Report on sanitation, dispensaries, and jails in Rajputana for 1920, and on vaccination for the year 1920-1921 - 1920-1921
Year: 1920
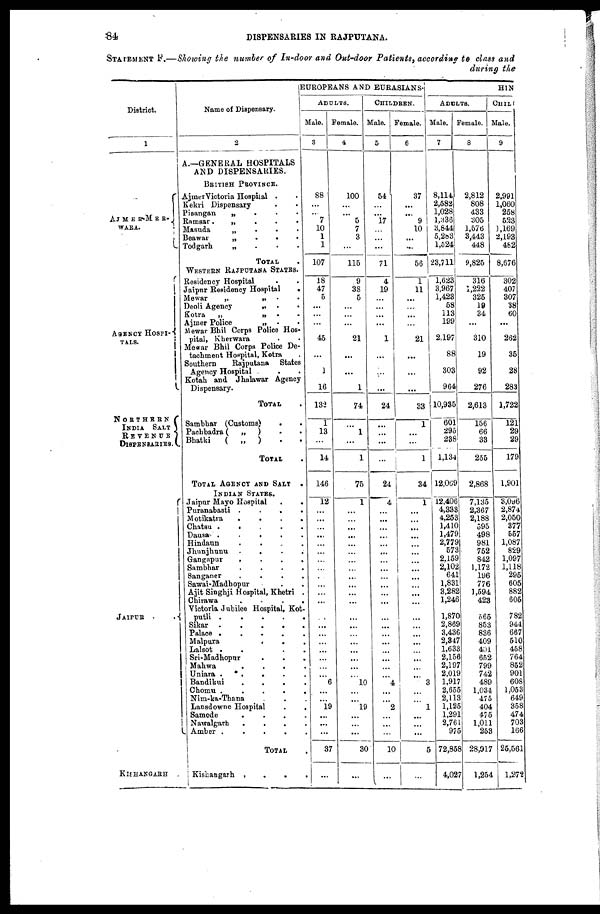
84
DISPENSARIES IN RAJPUTANA.
STATEMENT F.—Showing the number of In-door and Out-door Patients, according to class and
during the
District.
1
AJMER-MER-
WARA.
AGENCY HOSPI-
TALS.
NORTHREN
INDIA
SALT
REVENUE
DISPENSARIES.
JAIPUR
..
KISHANGARH
Name of Dispensary.
2
A.—GENERAL HOSPITALS
AND DISPENSARIES.
BRITISH PROVINCE.
Ajmer Victoria Hospital ...
Kekri Dispensary ..
Pisangan
„ ...
Ramsar .
„
...
Masuda
„ ...
Beawar
„
...
Todgarh
„ ...
TOTAL .
WESTERN RAJPUTANA STATES.
Residency Hospital ..
Jaipur Residency Hospital
.
Mewar
„
„
..
Deoli Agency
„ ..
Kotra
„
„ ..
Ajmer Police
„ ..
Mewar Bhil Corps Police Hos-
pital, Kherwara ..
Mewar Bhil Corps Police De-
tachment Hospital, Kotra
Southern
Rajputana
States
Agency Hospital ..
Kotah and Jhalawar Agency
Dispensary.
TOTAL.
Sambbar (Customs) ..
Pachbadra(
„
) ..
Bhatki
(
„
) ..
TOTAL .
TOTAL AGENCY AND SALT
.
INDIAN STATES.
Jaipur Mayo Hospital ..
Puranabasti
.
.
.
.
Motikatra
.
.
.
.
Chatsu
..
Dausa
.
.
.
.
.
Hindaun
.....
Jhunjhunu
.
.
.
.
Gangapur
.
.
.
.
Sambhar
.
.
.
.
Sanganer
.
.
.
.
Sawai-Madhopur ..
Ajit Singhji Hospital, Khetri .
Chirawa
....
Victoria Jubilee Hospital, Kot-
putli
.
.
.
.
.
Sikar
.
.
.
.
.
Palace
.
.
.
.
.
Malpura
...
Lalsot
.
.
.
Sri-Madhopnr ....
Mahwa
.
.
.
.
Uniara
...
Bandikui
.
.
.
.
Chomu
.
.
.
.
.
Nim-ka-Thana ...
Lansdowne Hospital
...
Samode
.
.
.
.
Nawalgarh
.
.
.
.
Amber
.
.
.
.
.
TOTAL
.
Kishangarh
.
.
.
.
EUROPEANS AND EURASIANS.
ADULTS.
Male.
3
88
...
...
7
10
1
1
107
18
47
5
...
...
...
45
...
1
16
132
1
13
...
14
146
12
...
...
...
...
...
...
...
...
...
...
...
...
...
...
...
...
...
...
...
...
6
...
...
19
...
...
...
37
...
Female.
4
100
...
... 5
7
3
...
115
9
38
5
...
...
...
21
...
...
1
74
...
1
...
1
75
1
...
...
...
...
...
...
...
...
...
...
...
...
...
...
...
...
...
...
...
...
10
...
...
l9
...
...
...
30
...
CHILDREN.
Male.
5
54
...
...
17
...
...
...
71
4
19
...
...
...
...
1
...
...
...
24
...
...
...
...
24
4
...
...
...
...
...
...
...
...
...
...
...
...
...
...
...
...
...
...
...
...
4
...
...
2
...
...
...
10
...
Female.
6
37
...
...
9
10
...
...
56
1
11
...
...
...
...
21
...
...
...
33
1
...
...
1
34
1
...
...
...
...
...
...
...
...
...
...
...
...
...
...
...
...
...
...
...
...
3
...
...
1
...
...
...
5
...
HIN
ADULTS.
Male.
7
8,114
2,582
1,028
1,336
3,844
5,283
1,524
23,711
1,623
3,967
1,423
58
113
199
2,197
88
303
964
10,935
601
295
238
1,134
12,069
12,406
4,333
4,253
1,410
1,479
2,779
573
2,159
2,102
641
1,831
3,282
1,246
1,870
2,869
3,436
2,347
1,633
2,156
2,197
2,019
1,917
2,655
2,113
1,125
1,291
2,761
975
72,858
4,027
Female.
8
2,812
808
433
305
1,576
3,443
448
9,825
316
1,222
325
19
34
...
310
19
92
276
2,613
156
66
33
255
2,868
7,135
2,367
2,188
595
498
981
752
842
1,172
196
776
1,594
423
565
853
836
409
401
652
799
742
489
1,034
475
404
475
1,011
253
28,917
1,254
CHIL
Male.
9
2,991
1,060
258
623
1,169
2,193
482
8,676
302
407
307
38
60
...
262
35
28
283
1,722
121
29
29
179
1,901
3,096
2,874
2,050
377
557
1,087
829
1,097
1,118
295
605
882
605
782
944
667
510
458
764
852
901
608
1,053
649
358
474
703
166
25,561
1,272